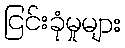
ငြင်းခုံမှုများ